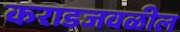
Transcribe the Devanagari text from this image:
कराडजवळील